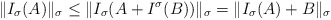
\begin{align*}\|I_\sigma (A)\|_\sigma \leq \|I_\sigma(A+I^\sigma(B))\|_\sigma = \|I_\sigma(A) + B\|_\sigma\end{align*}